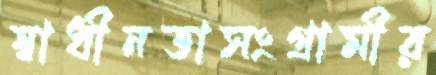
স্বাধীনতাসংগ্রামীর